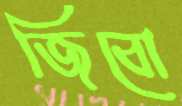
জিবো